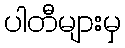
ပါတီများမှ